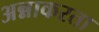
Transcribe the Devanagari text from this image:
अन्नाकरता